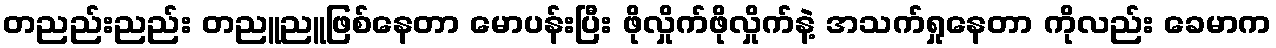
တညည်းညည်း တညူညူဖြစ်နေတာ မောပန်းပြီး ဖိုလှိုက်ဖိုလှိုက်နဲ့ အသက်ရှုနေတာ ကိုလည်း ခေမာက